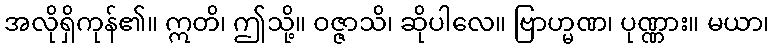
အလိုရှိကုန်၏။ ဣတိ၊ ဤသို့။ ဝဇ္ဇာသိ၊ ဆိုပါလေ။ ဗြာဟ္မဏ၊ ပုဏ္ဏား။ မယာ၊